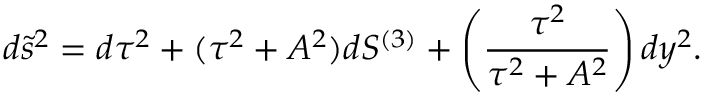
d \tilde { s } ^ { 2 } = d \tau ^ { 2 } + ( \tau ^ { 2 } + A ^ { 2 } ) d S ^ { ( 3 ) } + \left( { \frac { \tau ^ { 2 } } { \tau ^ { 2 } + A ^ { 2 } } } \right) d y ^ { 2 } .